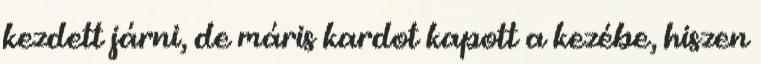
kezdett járni, de máris kardot kapott a kezébe, hiszen